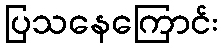
ပြသနေကြောင်း